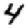
Digit: 4